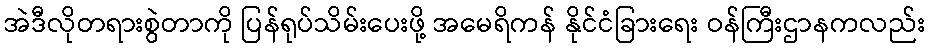
အဲဒီလိုတရားစွဲတာကို ပြန်ရုပ်သိမ်းပေးဖို့ အမေရိကန် နိုင်ငံခြားရေး ဝန်ကြီးဌာနကလည်း